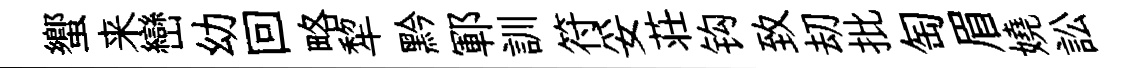
蠁来巒幼回略犂黔鄆訓符妥荘钩致刧批匋眉嬈訟